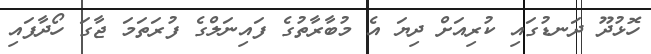
ހޮޅުދޫ ދަނޑުގައި ކުރިއަށް ދިޔަ އެ މުބާރާތުގެ ފައިނަލްގެ ފުރަތަމަ ޖާގަ ހޯދާފައި